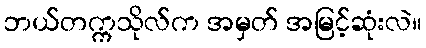
ဘယ်တက္ကသိုလ်က အမှတ် အမြင့်ဆုံးလဲ။